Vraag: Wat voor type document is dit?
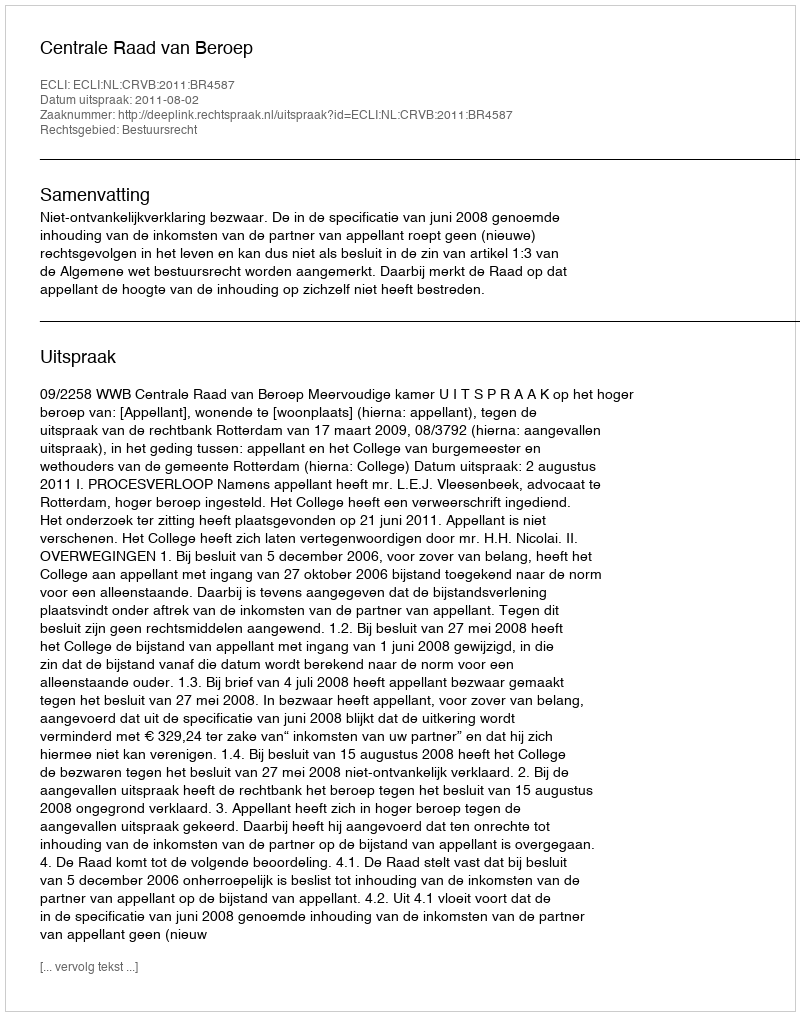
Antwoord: Uitspraak